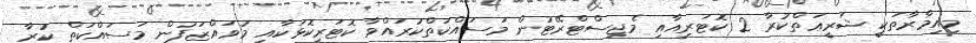
މިއިމާރާތަކީ ޝަރީޢަތްކުރާ 2 ކޮޓަރިއާއި މެޖިސްޓްރޭޓުން މަސައްކަތްކުރައްވާ ކޮޓަރިކޮޅަކާއި މުވައްޒަފުން މަސައްކަތް ކުރާ